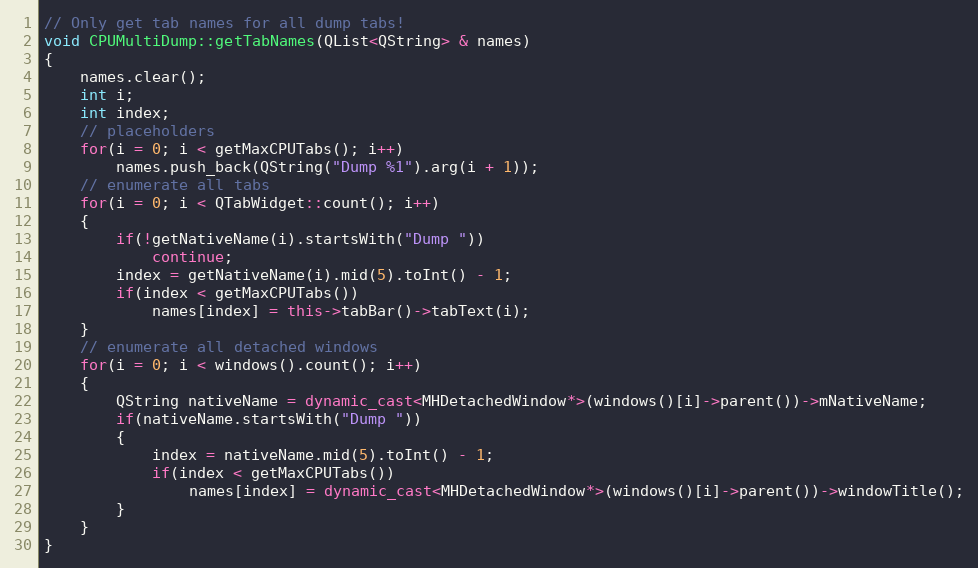
Language: C++
// Only get tab names for all dump tabs!
void CPUMultiDump::getTabNames(QList<QString> & names)
{
    names.clear();
    int i;
    int index;
    // placeholders
    for(i = 0; i < getMaxCPUTabs(); i++)
        names.push_back(QString("Dump %1").arg(i + 1));
    // enumerate all tabs
    for(i = 0; i < QTabWidget::count(); i++)
    {
        if(!getNativeName(i).startsWith("Dump "))
            continue;
        index = getNativeName(i).mid(5).toInt() - 1;
        if(index < getMaxCPUTabs())
            names[index] = this->tabBar()->tabText(i);
    }
    // enumerate all detached windows
    for(i = 0; i < windows().count(); i++)
    {
        QString nativeName = dynamic_cast<MHDetachedWindow*>(windows()[i]->parent())->mNativeName;
        if(nativeName.startsWith("Dump "))
        {
            index = nativeName.mid(5).toInt() - 1;
            if(index < getMaxCPUTabs())
                names[index] = dynamic_cast<MHDetachedWindow*>(windows()[i]->parent())->windowTitle();
        }
    }
}